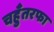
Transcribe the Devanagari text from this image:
चहुँतरफा